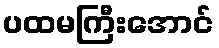
ပထမကြီးအောင်